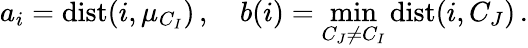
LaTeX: a_{i}=\textrm{dist}(i,\mu_{C_{I}})\, ,\quad b(i)=\operatorname*{min}_{C_{J}\neq C_{I}}\textrm{dist}(i,C_{J})\, .